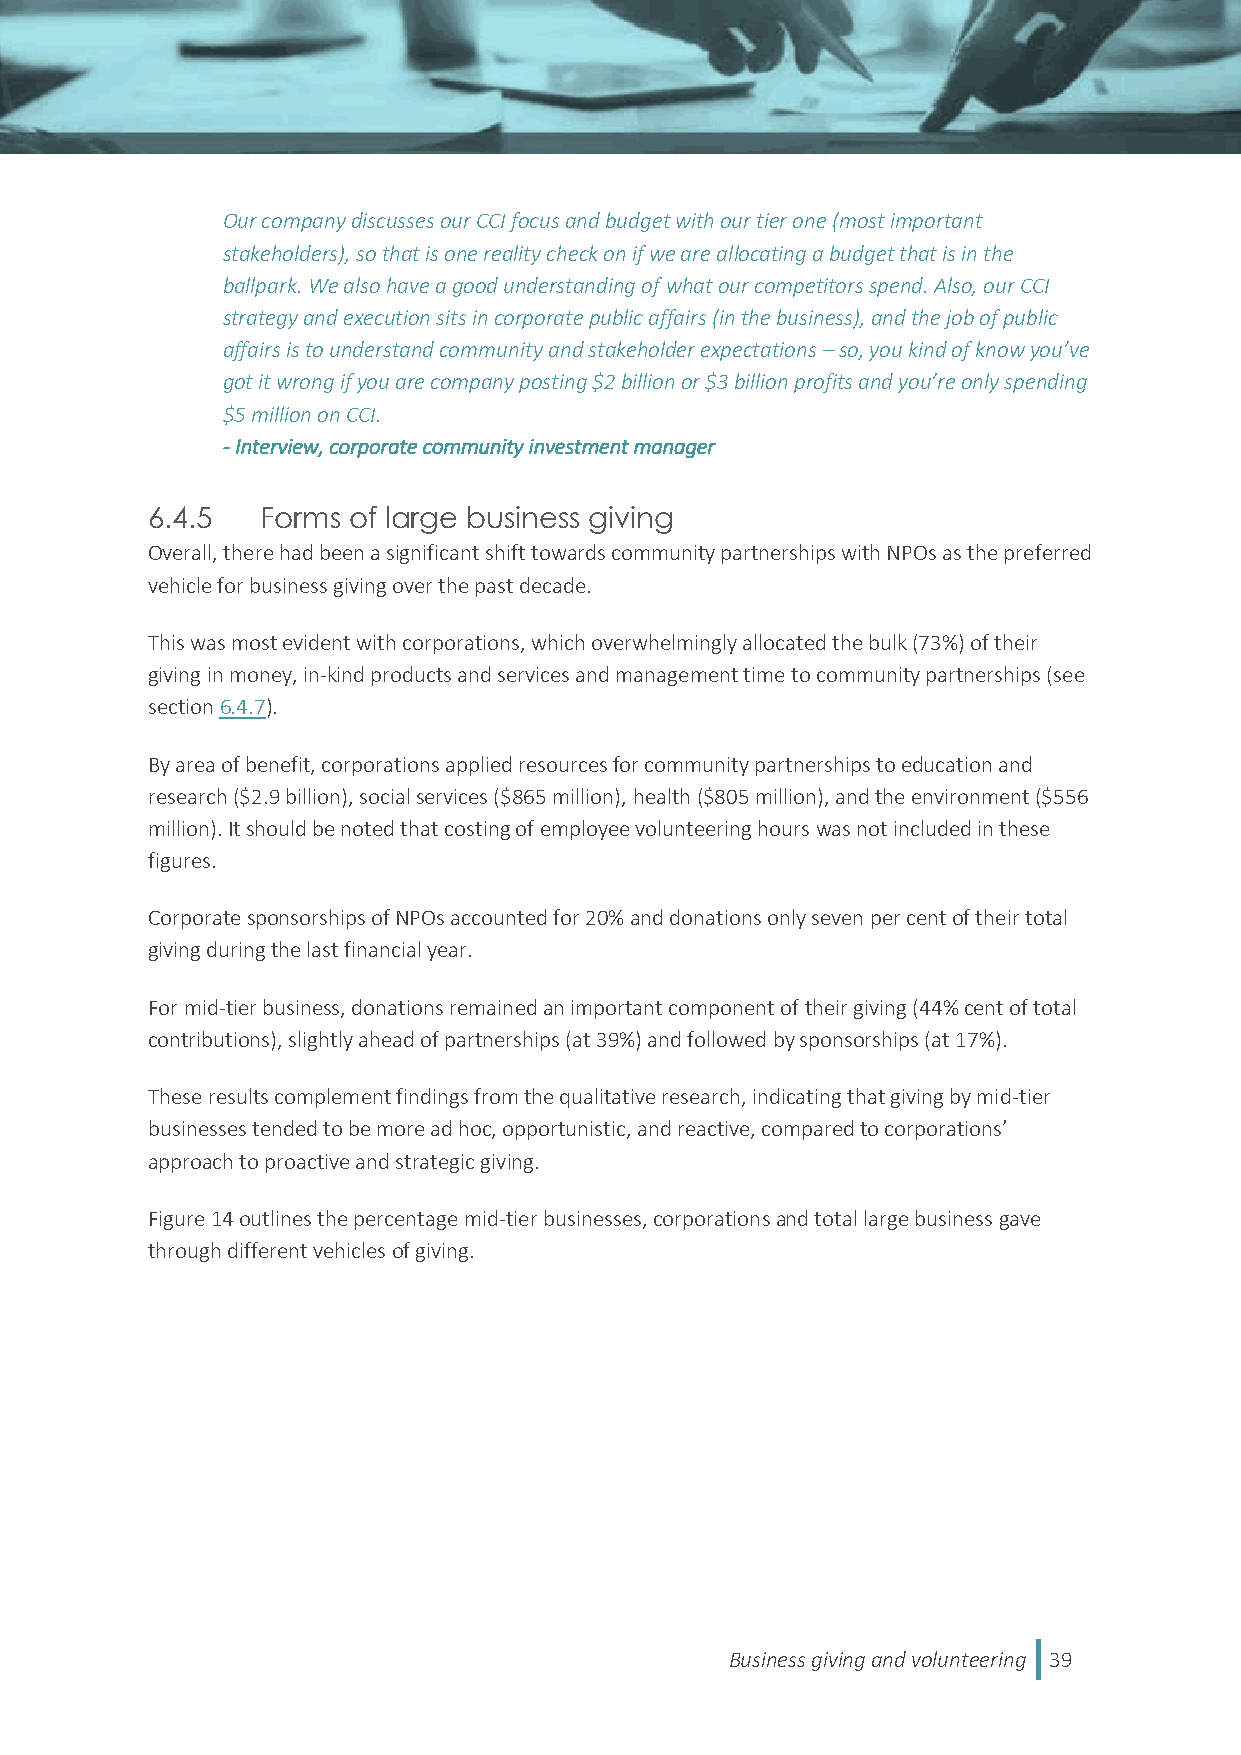
Our company discusses our CCI focus and budget with our tier one (most important
 stakeholders), so that is one reality check on if we are allocating a budget that is in the
 ballpark. We also have a good understanding of what our competitors spend. Also, our CCI
 strategy and execution sits in corporate public affairs (in the business), and the job of public
 affairs is to understand community and stakeholder expectations – so, you kind of know you’ve
 got it wrong if you are company posting $2 billion or $3 billion profits and you’re only spending
 $5 million on CCI.
 - Interview, corporate community investment manager
 6.4.5  Forms of large business giving
 Overall, there had been a significant shift towards community partnerships with NPOs as the preferred
 vehicle for business giving over the past decade.
 This was most evident with corporations, which overwhelmingly allocated the bulk (73%) of their
 giving in money, in-kind products and services and management time to community partnerships (see
 section 6.4.7).
 By area of benefit, corporations applied resources for community partnerships to education and
 research ($2.9 billion), social services ($865 million), health ($805 million), and the environment ($556
 million). It should be noted that costing of employee volunteering hours was not included in these
 figures.
 Corporate sponsorships of NPOs accounted for 20% and donations only seven per cent of their total
 giving during the last financial year.
 For mid-tier business, donations remained an important component of their giving (44% cent of total
 contributions), slightly ahead of partnerships (at 39%) and followed by sponsorships (at 17%).
 These results complement findings from the qualitative research, indicating that giving by mid-tier
 businesses tended to be more ad hoc, opportunistic, and reactive, compared to corporations’
 approach to proactive and strategic giving.
 Figure 14 outlines the percentage mid-tier businesses, corporations and total large business gave
 through different vehicles of giving.
 Business giving and volunteering 39